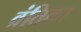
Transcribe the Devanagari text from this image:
व्रंतिका